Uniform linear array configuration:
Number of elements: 32
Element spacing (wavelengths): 1
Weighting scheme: blackman
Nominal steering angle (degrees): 30
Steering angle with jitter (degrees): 31.57
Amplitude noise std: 0.05
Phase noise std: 0.05

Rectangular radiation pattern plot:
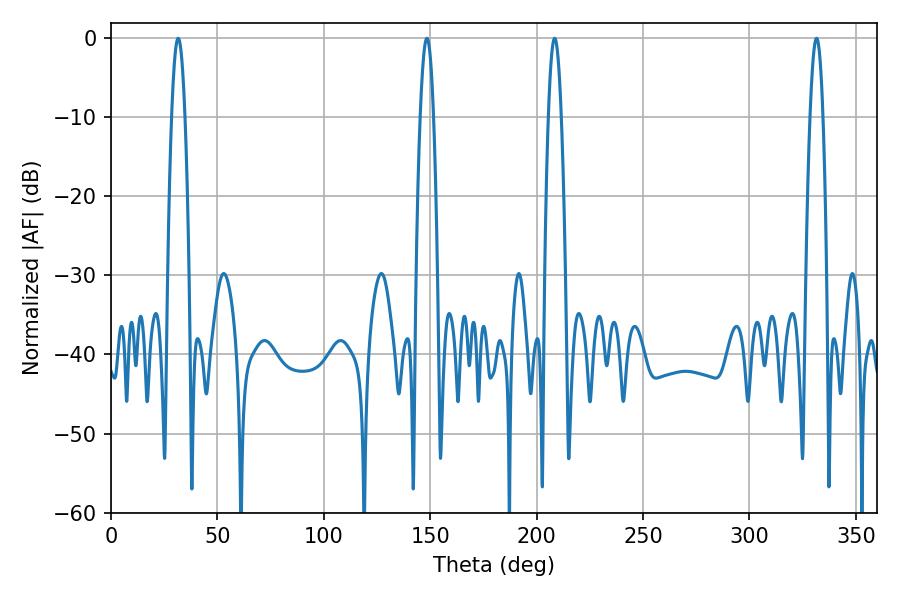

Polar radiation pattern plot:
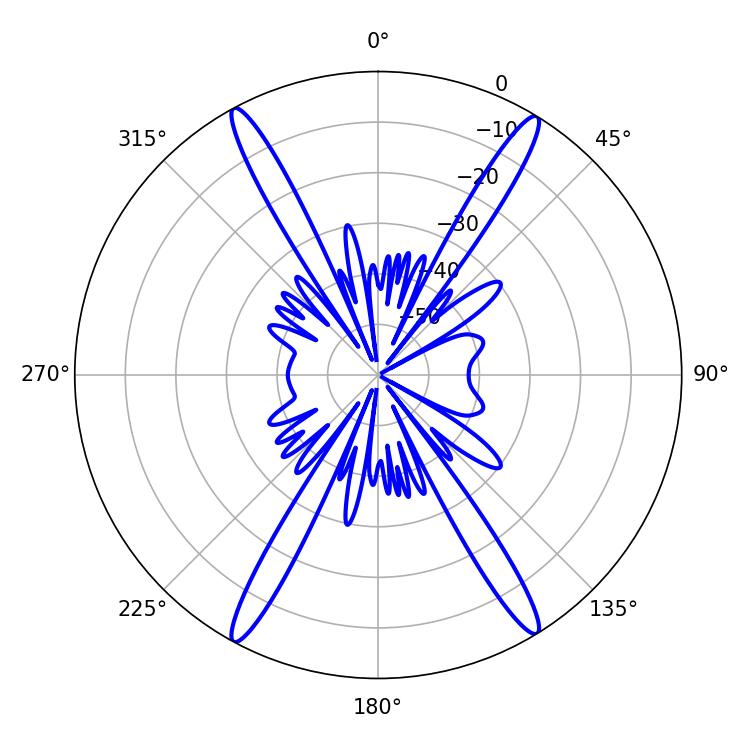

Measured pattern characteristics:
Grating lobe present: TRUE
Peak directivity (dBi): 23.93
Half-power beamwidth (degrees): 3.24
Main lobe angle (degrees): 208.44